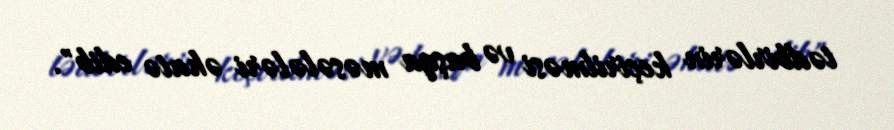
tədbirlərin keçirilməsi və başqa məsələləri əhatə edib".